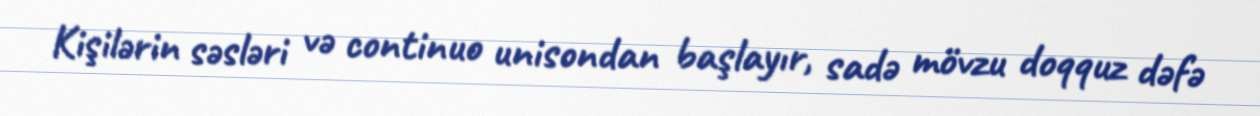
Kişilərin səsləri və continuo unisondan başlayır, sadə mövzu doqquz dəfə